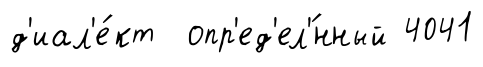
д'иал'е́кт опр'ед'ел'́нный 4041